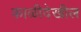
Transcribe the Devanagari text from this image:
काळीदेखील